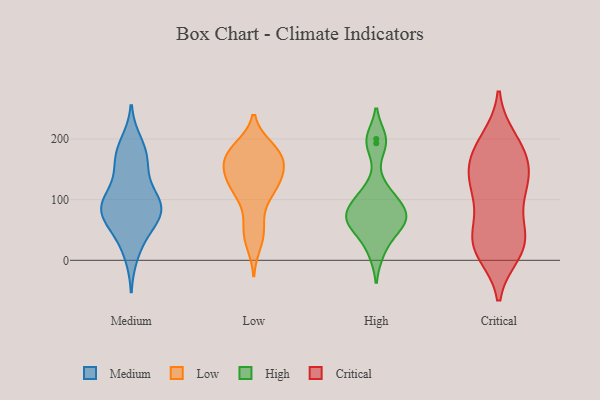
{"axis": {"x": "Budget (USD K)", "y": "Value"}, "legend": ["Critical", "High", "Low", "Medium"], "data": [{"x": "", "y": 192, "type": "Medium"}, {"x": "", "y": 83, "type": "Medium"}, {"x": "", "y": 90, "type": "Medium"}, {"x": "", "y": 94, "type": "Medium"}, {"x": "", "y": 83, "type": "Medium"}, {"x": "", "y": 92, "type": "Medium"}, {"x": "", "y": 83, "type": "Medium"}, {"x": "", "y": 87, "type": "Medium"}, {"x": "", "y": 11, "type": "Medium"}, {"x": "", "y": 48, "type": "Medium"}, {"x": "", "y": 133, "type": "Medium"}, {"x": "", "y": 171, "type": "Medium"}, {"x": "", "y": 175, "type": "Medium"}, {"x": "", "y": 50, "type": "Medium"}, {"x": "", "y": 159, "type": "Medium"}, {"x": "", "y": 186, "type": "Low"}, {"x": "", "y": 172, "type": "Low"}, {"x": "", "y": 120, "type": "Low"}, {"x": "", "y": 143, "type": "Low"}, {"x": "", "y": 165, "type": "Low"}, {"x": "", "y": 161, "type": "Low"}, {"x": "", "y": 165, "type": "Low"}, {"x": "", "y": 141, "type": "Low"}, {"x": "", "y": 181, "type": "Low"}, {"x": "", "y": 111, "type": "Low"}, {"x": "", "y": 185, "type": "Low"}, {"x": "", "y": 131, "type": "Low"}, {"x": "", "y": 27, "type": "Low"}, {"x": "", "y": 126, "type": "Low"}, {"x": "", "y": 51, "type": "Low"}, {"x": "", "y": 94, "type": "Low"}, {"x": "", "y": 49, "type": "Low"}, {"x": "", "y": 47, "type": "High"}, {"x": "", "y": 116, "type": "High"}, {"x": "", "y": 76, "type": "High"}, {"x": "", "y": 13, "type": "High"}, {"x": "", "y": 70, "type": "High"}, {"x": "", "y": 59, "type": "High"}, {"x": "", "y": 193, "type": "High"}, {"x": "", "y": 200, "type": "High"}, {"x": "", "y": 65, "type": "High"}, {"x": "", "y": 100, "type": "High"}, {"x": "", "y": 87, "type": "High"}, {"x": "", "y": 198, "type": "Critical"}, {"x": "", "y": 17, "type": "Critical"}, {"x": "", "y": 12, "type": "Critical"}, {"x": "", "y": 172, "type": "Critical"}, {"x": "", "y": 38, "type": "Critical"}, {"x": "", "y": 123, "type": "Critical"}, {"x": "", "y": 100, "type": "Critical"}, {"x": "", "y": 175, "type": "Critical"}, {"x": "", "y": 32, "type": "Critical"}, {"x": "", "y": 128, "type": "Critical"}, {"x": "", "y": 45, "type": "Critical"}, {"x": "", "y": 150, "type": "Critical"}, {"x": "", "y": 32, "type": "Critical"}, {"x": "", "y": 126, "type": "Critical"}, {"x": "", "y": 16, "type": "Critical"}, {"x": "", "y": 82, "type": "Critical"}, {"x": "", "y": 200, "type": "Critical"}, {"x": "", "y": 171, "type": "Critical"}, {"x": "", "y": 139, "type": "Critical"}]}